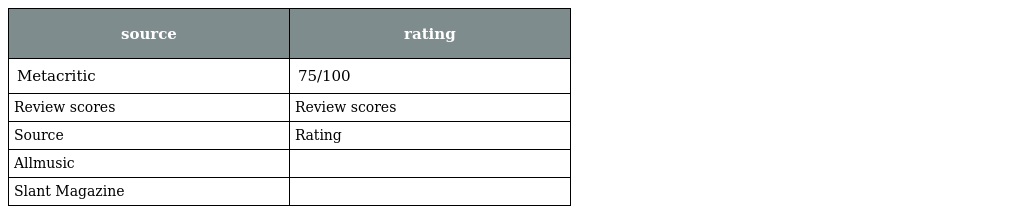
| source | rating |
 | --- | --- |
 | Metacritic | 75/100 |
 | Review scores | Review scores |
 | Source | Rating |
 | Allmusic |  |
 | Slant Magazine |  |